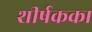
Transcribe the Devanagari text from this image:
शीर्षकका